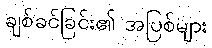
ချစ်ခင်ခြင်း၏ အပြစ်များ